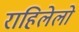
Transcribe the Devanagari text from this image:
राहिलेलो